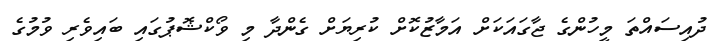
ދުއިސައްތަ މީހުންގެ ޖާގައަކަށް އަމާޒުކޮށް ކުރިޔަށް ގެންދާ މި ވޯކްޝޮޕުގައި ބައިވެރި ވުމުގެ